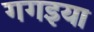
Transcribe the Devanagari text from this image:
गगइया